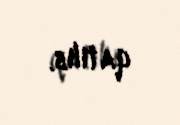
qatılıb.